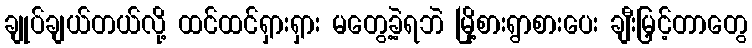
ချုပ်ချယ်တယ်လို့ ထင်ထင်ရှားရှား မတွေ့ခဲ့ရဘဲ မြို့စားရွာစားပေး ချီးမြှင့်တာတွေ